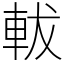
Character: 軷